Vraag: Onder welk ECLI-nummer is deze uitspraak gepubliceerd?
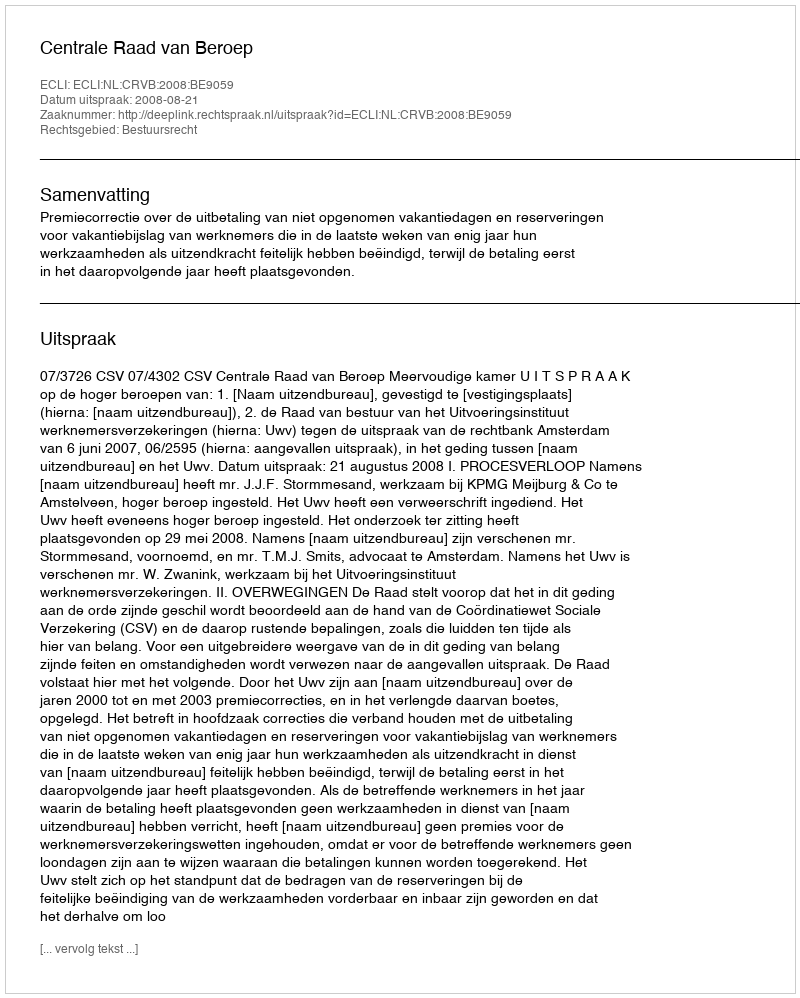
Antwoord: ECLI:NL:CRVB:2008:BE9059